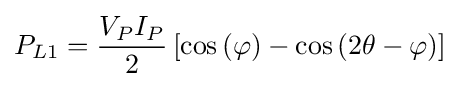
P_{L1}={\frac {V_{P}I_{P}}{2}}\left[\cos \left(\varphi \right)-\cos \left(2\theta -\varphi \right)\right]